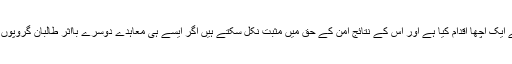
افغان حکومت نے مجاہد کمانڈر گلبدین حکمت یار کے ساتھ معاہدہ کر کے ایک اچھا اقدام کیا ہے اور اس کے نتائج امن کے حق میں مثبت نکل سکتے ہیں اگر ایسے ہی معاہدے دوسرے بااثر طالبان گروپوں کے ساتھ کر لئے جائیں ،تو افغانستان میں قیام امن میں مدد مل سکتی ہے۔